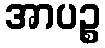
အာပဉ္စ